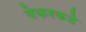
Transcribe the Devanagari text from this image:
बेकरकडे